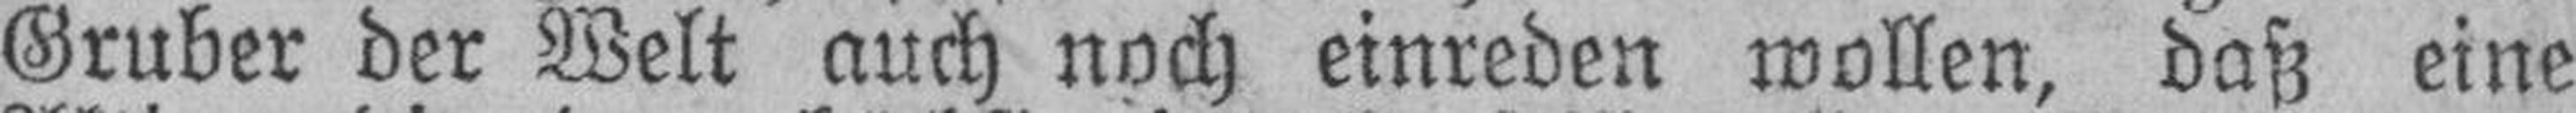
Gruber der Welt auch noch einreden wollen, daß eine